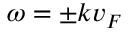
\omega = \pm k v _ { F }